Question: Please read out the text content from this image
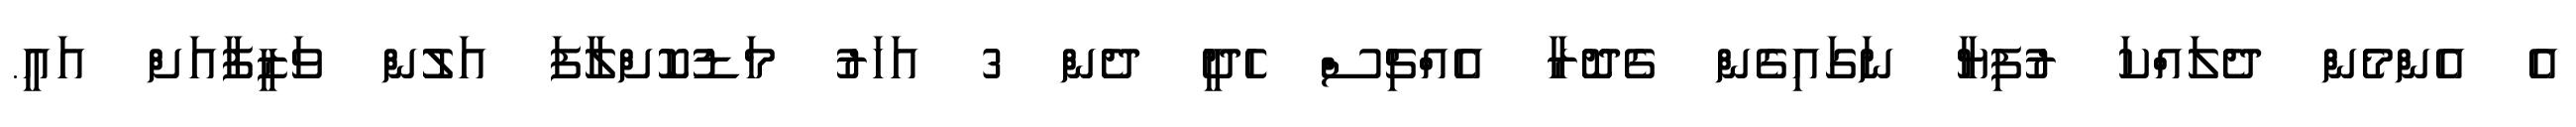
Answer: އެ އެންމެން ދެލައްކަ ރުފިޔާ ނަގައިގެން ގެދޮރާ އެއްޗިސް ހެދީ ދެން 3 އަހަރު މަޑުކޮށްލާފަ އަލުން ވަޒީފާއަށް އައީ.